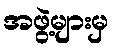
အဖွဲ့များမှ